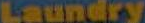
Laundry